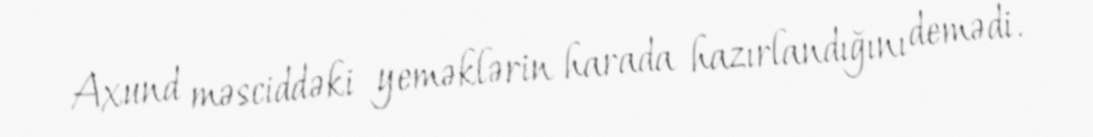
Axund məsciddəki yeməklərin harada hazırlandığını demədi.